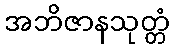
အဘိဇာနသုတ္တံ